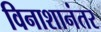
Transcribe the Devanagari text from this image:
विनाशानंतर